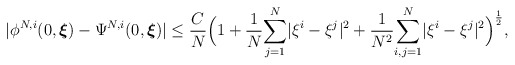
\begin{align*}|\phi^{N,i}(0,\boldsymbol{\xi})-\Psi^{N,i}(0,\boldsymbol{\xi})|\leq\frac{C}{N}\Big(1+\frac{1}{N}\underset{j=1}{\overset{N}\sum}|\xi^{i}-\xi^{j}|^2+\frac{1}{N^2}\underset{i,j=1}{\overset{N}{\sum}}|\xi^{i}-\xi^{j}|^2\Big)^{\frac{1}{2}},\end{align*}